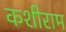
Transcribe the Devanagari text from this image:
कशीराम